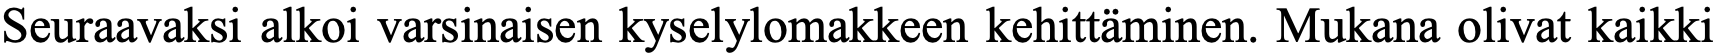
Seuraavaksi alkoi varsinaisen kyselylomakkeen kehittäminen. Mukana olivat kaikki